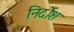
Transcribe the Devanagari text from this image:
निर्दोश